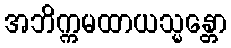
အဘိက္ကမထာယသ္မန္တော